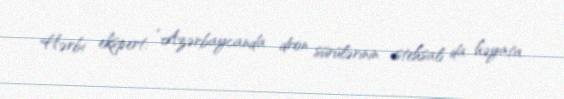
Hərbi ekspert: “Azərbaycanda dron sürülərinin istehsalı da həyata